King Institute of Preventive Medicine Micro-Biological Section reports 1912-19
Year: 1912
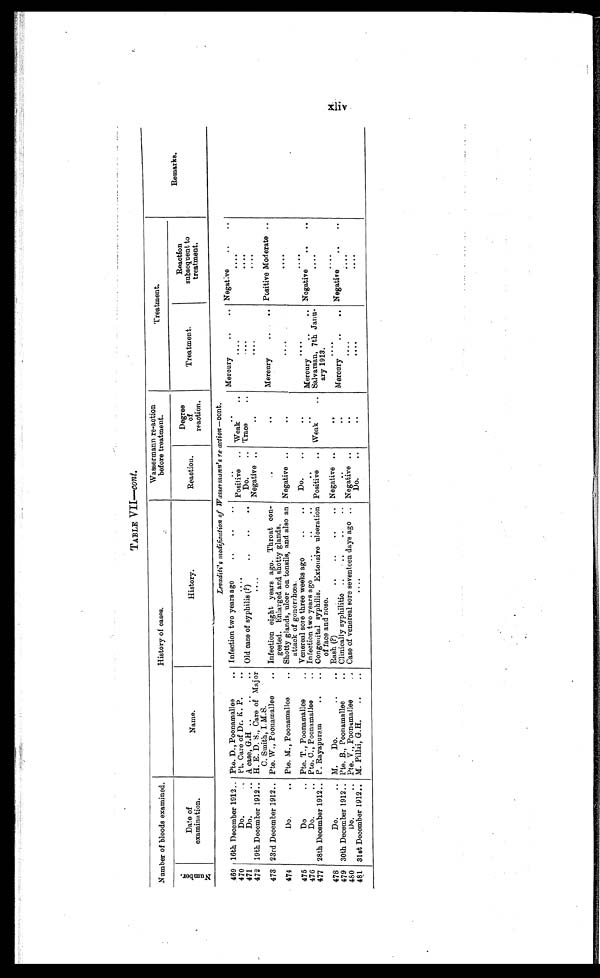
TABLE VII—cont.
Number of bloods examined.
History of cases.
Wassermann re-action
before treatment.
Treatment.
Remarks.
N u m b e r .
Date of
examination.
Name.
H i s t o r y .
Reaction.
Degree
of
reaction.
Treatment.
Reaction
subsequent to
treatment.
Levaditi' s modification of Wassermann's re-action —cont.
469 16th December 1912 . . . Pte. D., Poonamallee . . .
Infection two years ago . . .
. . .
. . .
Mercury . . . Negative . . .
470
Do. . . . pt. Care of Dr. K. P. . . .
. . .
Positive . . . Weak . . .
. . .
. . .
471
Do. . . . A case, G. H . . .
Old case of syphilis (?) . . .
Do. . . . Trace . . .
. . .
. . .
472 19th December 1912 . . . H. E. D. S., Care of Major
C. Smith, I.M.S. . . .
. . .
Negative . . .
. . .
. . .
. . .
473 23rd December 1912 . . . Pte. W., Poonamallee . . .
Infection eight years ago. Throat con
-
gested. Enlarged and shotty glands.
. . .
. . .
Mercury . . . Positive Moderate . . .
474
Do. . . . Pte. M., Poonamallee . . .
Shotty glands, ulcer on tonsils, and also an
attack of gonorrhœa.
Negative . . .
. . .
. . .
. . .
475
Do . . . Pte. T., Poonamallee . . .
Venereal sore three weeks ago . . .
. . .
. . .
. . .
. . .
476
Do. . . . Pte. C., Poonamallee . . .
Infection two years ago . . .
. . .
. . .
Mercury . . . Negative . . .
477 28th December 1912 . . . P. Rayapuram . . .
Congenital syphilis. Extensive ulceration
of face and nose.
Positive . . .
Weak . . . Salvarsan, 7th Janu-
ary 1913.
. . .
478
Do. . . . M. Do. . . .
Rash (?) . . .
Negative . . .
. . .
. . .
. . .
479 30th December 1912 . . . Pte. B. , Poonamallee . . .
Clinically syphilitic . . .
. . .
. . .
Mercury . . . Negative . . .
480
Do. . . . Pte. V., Poonamallee . . .
Case of venereal sore seventeen days ago . . .
Negative . . .
. . .
. . .
. . .
481 31st December 1912 . . . M. Pillai, G.H. . . .
. . .
Do. . . .
. . .
. . .
. . .